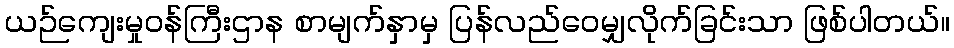
ယဉ်ကျေးမှုဝန်ကြီးဌာန စာမျက်နှာမှ ပြန်လည်ဝေမျှလိုက်ခြင်းသာ ဖြစ်ပါတယ်။